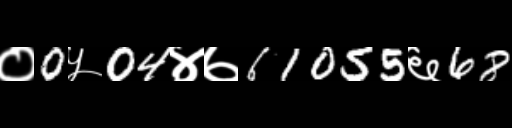
Text: ०0५04४७61055६68